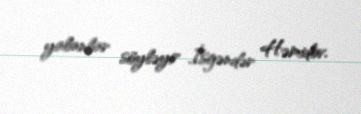
yalanlar söyləyir İsgəndər Həmidov.